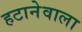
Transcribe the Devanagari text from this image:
हटानेवाला